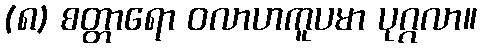
(၈) စတ္တာရော ဝလာဟကူပမာ ပုဂ္ဂလာ။